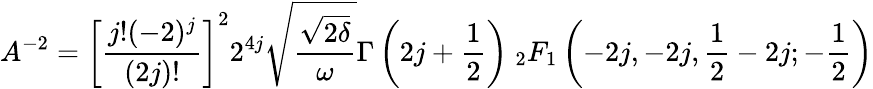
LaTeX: A^{-2}=\left[\frac{j!(-2)^{j}}{(2j)!}\right]^{2}2^{4j}\sqrt{\frac{\sqrt{2\delta}}{\omega}}\Gamma\left(2j+\frac{1}{2}\right)\ _{2}F_{1}\left(-2j,-2j,\frac{1}{2}-2j;-\frac{1}{2}\right)